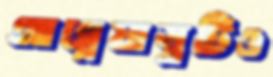
আগ্নেয়াস্ত্রটিও